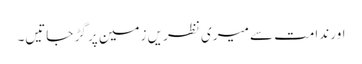
اور ندامت سے میری نظریں زمین پر گڑ جاتیں۔